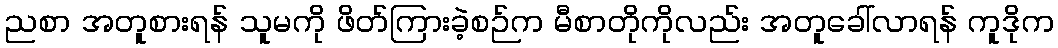
ညစာ အတူစားရန် သူမကို ဖိတ်ကြားခဲ့စဉ်က မီစာတိုကိုလည်း အတူခေါ်လာရန် ကူဒိုက